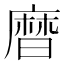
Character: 𪎗